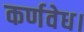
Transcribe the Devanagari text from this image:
कर्णवेध।